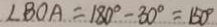
\angle B O A = 1 8 0 ^ { \circ } - 3 0 ^ { \circ } = 1 5 0 ^ { \circ }